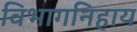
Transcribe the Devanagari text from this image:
विभागनिहाय